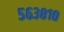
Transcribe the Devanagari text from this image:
५६३८१०